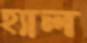
হ্যাল